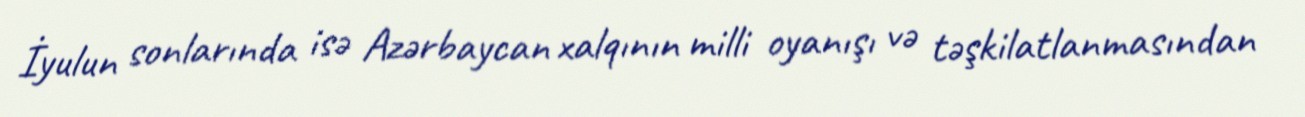
İyulun sonlarında isə Azərbaycan xalqının milli oyanışı və təşkilatlanmasından